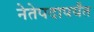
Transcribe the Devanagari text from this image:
नेतेपदापर्यंत